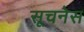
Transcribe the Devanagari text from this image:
सूचनेस